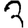
Digit: 3